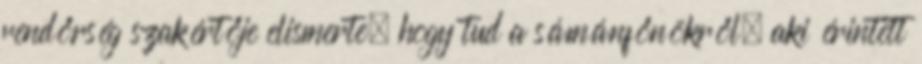
rendőrség szakértője elismerte, hogy tud a sámánfőnökről, aki érintett